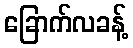
ခြောက်လခန့်